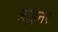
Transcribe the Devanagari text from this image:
श्राइनर